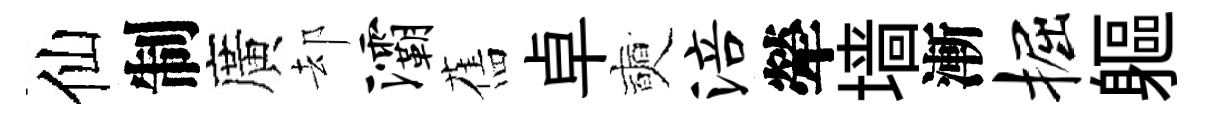
仙制廣却灞舊卓奭涪犖墙漸掘軀